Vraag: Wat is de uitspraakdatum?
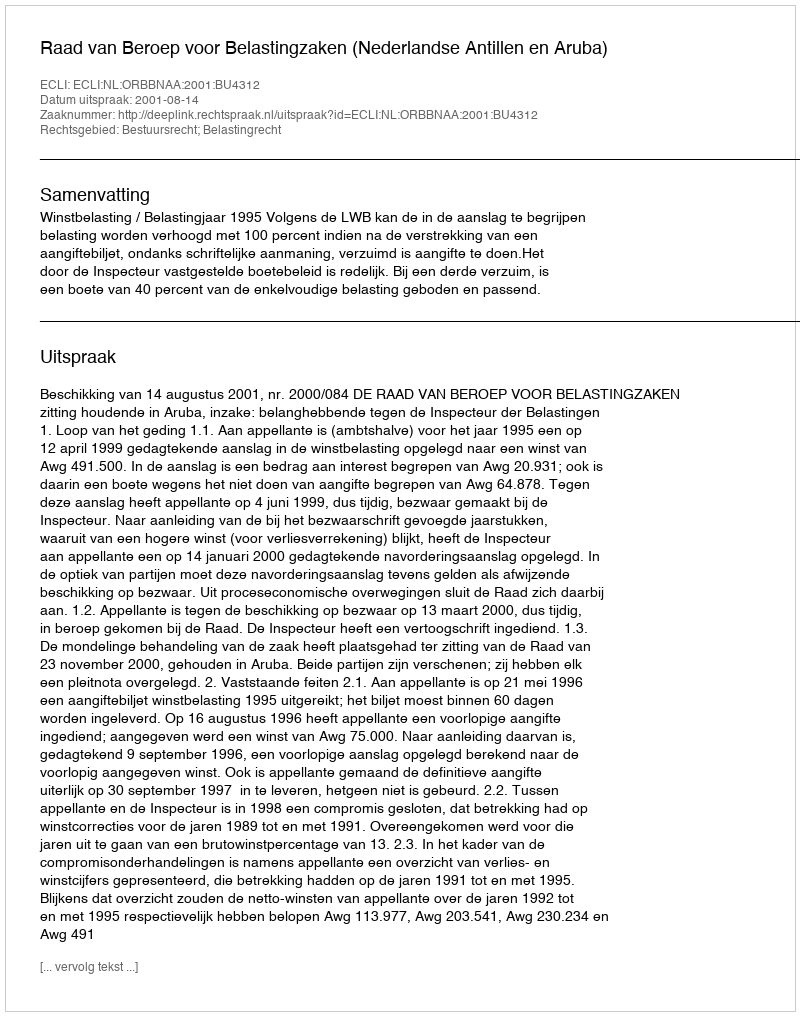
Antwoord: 2001-08-14